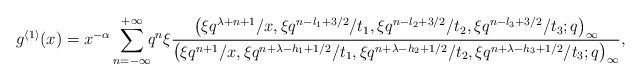
\begin{align*}& g ^{\langle 1 \rangle} (x)= x^{-\alpha} \sum_{n=-\infty}^{+\infty} \!\! q^n\xi \frac{\big(\xi q^{\lambda+n+1} /x, \xi q^{n - l_1 + 3/2} /t_1, \xi q^{n -l_2 +3/2} /t_2, \xi q^{n - l_3 + 3/2}/t_3 ; q\big)_{\infty}}{\big(\xi q^{n+1} /x, \xi q^{n+ \lambda -h_1 +1/2} /t_1, \xi q^{n+ \lambda -h_2 +1/2} /t_2, \xi q^{n+ \lambda -h_3 +1/2} /t_3 ;q\big)_{\infty}}, \end{align*}